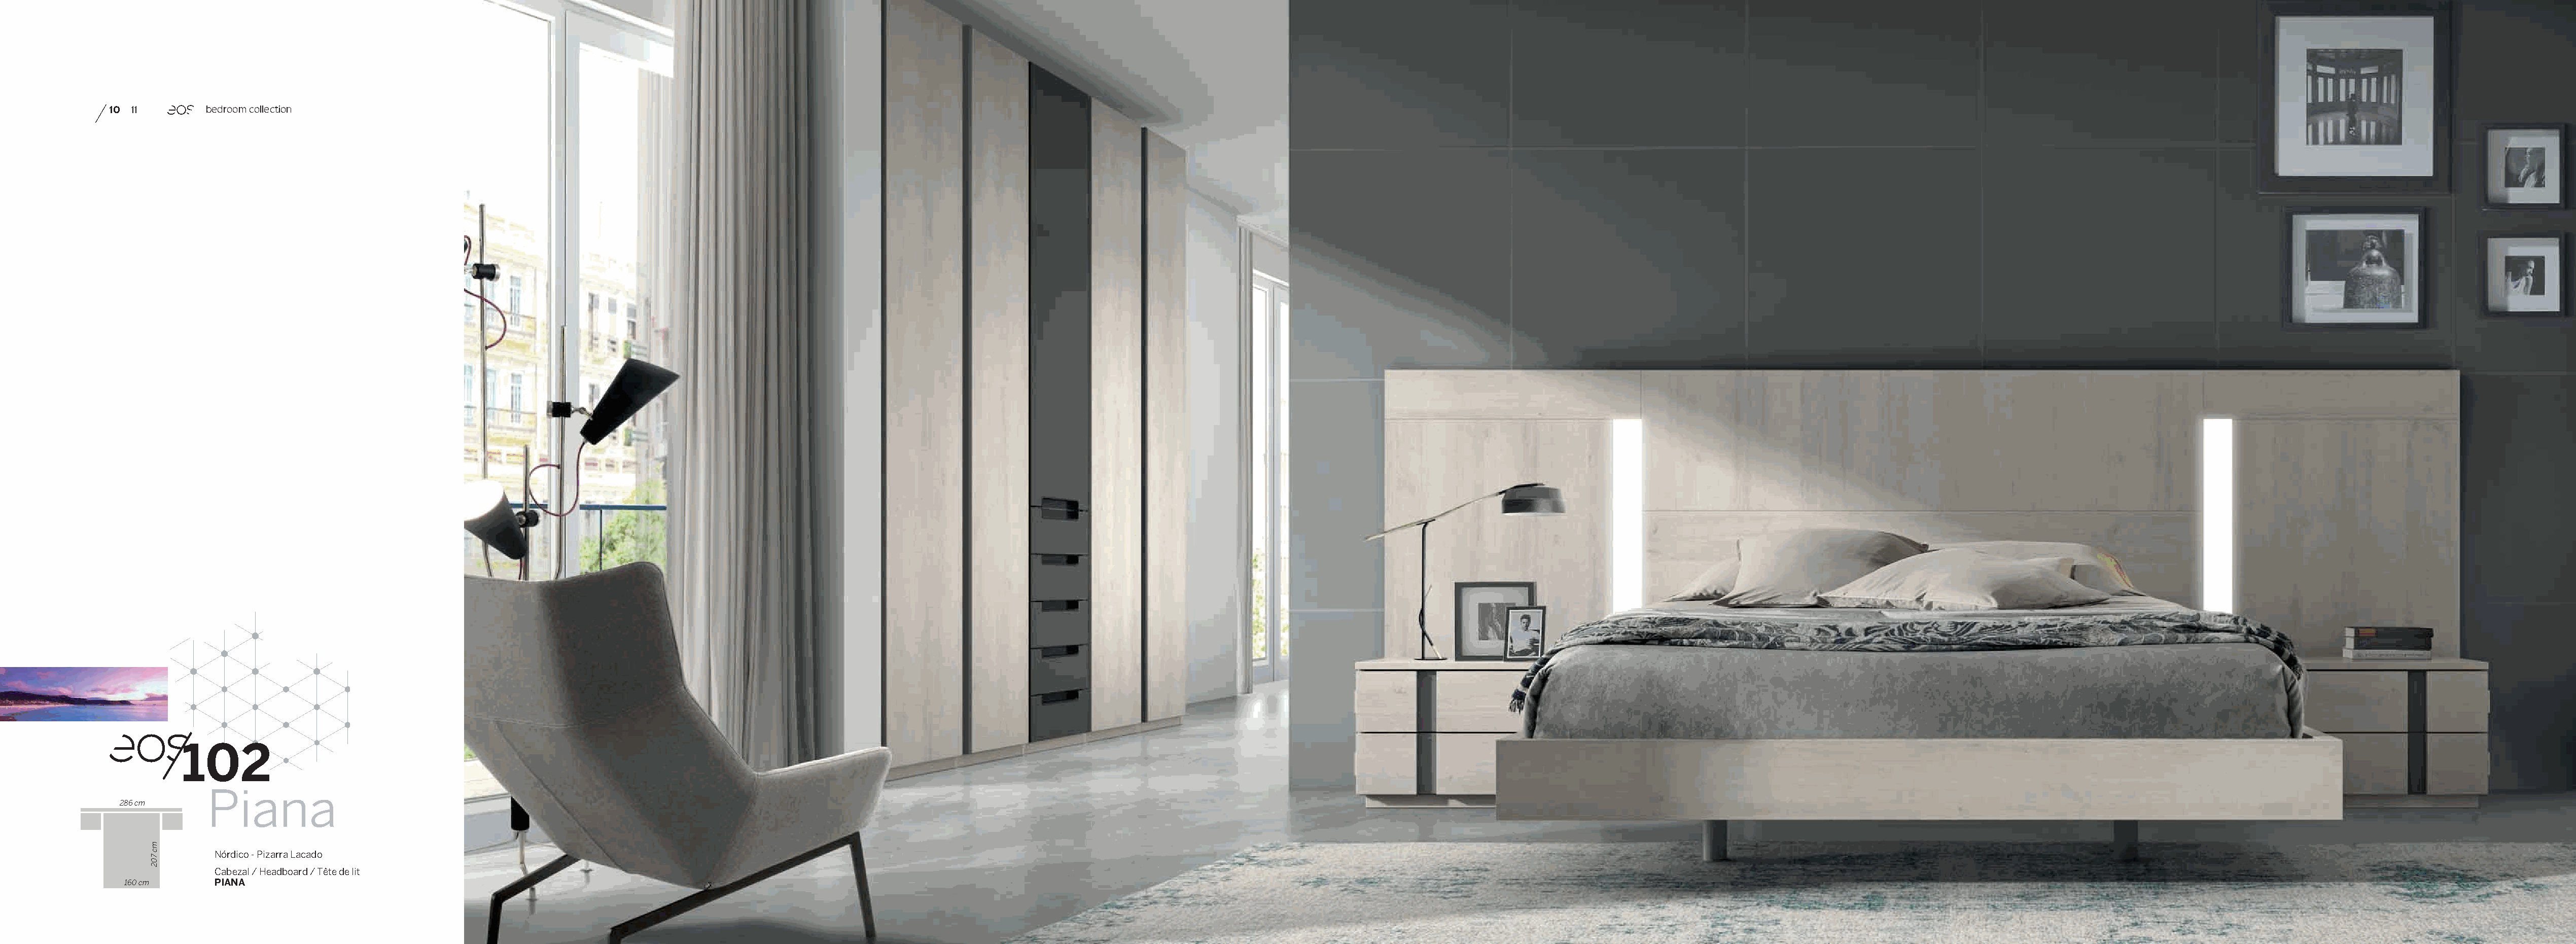
10 11        bedroom collection
 102
 Piana
 286 cm
 Nórdico - Pizarra Lacado
 Cabezal / Headboard / Tête de lit
 160 cm      PIANA
 mc
 702